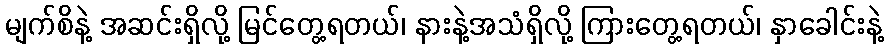
မျက်စိနဲ့ အဆင်းရှိလို့ မြင်တွေ့ရတယ်၊ နားနဲ့အသံရှိလို့ ကြားတွေ့ရတယ်၊ နှာခေါင်းနဲ့